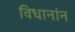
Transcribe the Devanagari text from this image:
विधानांन